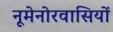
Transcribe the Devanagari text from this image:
नूमेनोरवासियों